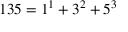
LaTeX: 1 3 5 = 1 ^ { 1 } + 3 ^ { 2 } + 5 ^ { 3 }